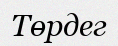
Төрдег